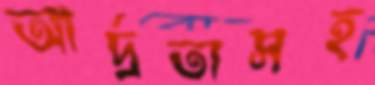
আর্দ্রতাসহ